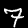
Label: 7